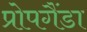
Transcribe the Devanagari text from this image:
प्रोपगैंडा